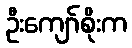
ဦးကျော်စိုးက